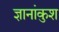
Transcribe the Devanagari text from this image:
ज्ञानांकुश